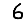
Digit: 6